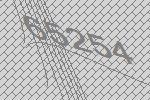
65254